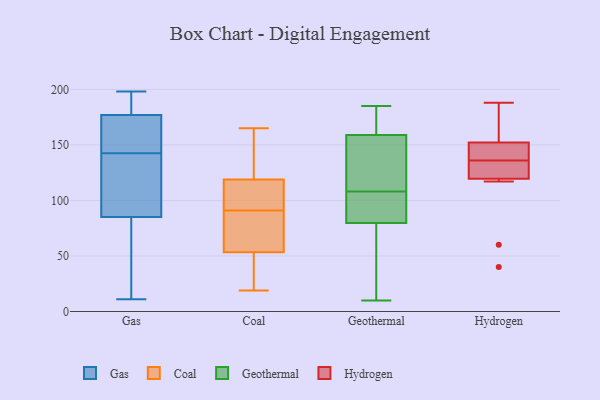
{"axis": {"x": "Headcount", "y": "Value"}, "legend": ["Coal", "Gas", "Geothermal", "Hydrogen"], "data": [{"x": "", "y": 85, "type": "Gas"}, {"x": "", "y": 81, "type": "Gas"}, {"x": "", "y": 117, "type": "Gas"}, {"x": "", "y": 45, "type": "Gas"}, {"x": "", "y": 194, "type": "Gas"}, {"x": "", "y": 170, "type": "Gas"}, {"x": "", "y": 145, "type": "Gas"}, {"x": "", "y": 179, "type": "Gas"}, {"x": "", "y": 140, "type": "Gas"}, {"x": "", "y": 177, "type": "Gas"}, {"x": "", "y": 127, "type": "Gas"}, {"x": "", "y": 133, "type": "Gas"}, {"x": "", "y": 11, "type": "Gas"}, {"x": "", "y": 24, "type": "Gas"}, {"x": "", "y": 177, "type": "Gas"}, {"x": "", "y": 183, "type": "Gas"}, {"x": "", "y": 160, "type": "Gas"}, {"x": "", "y": 198, "type": "Gas"}, {"x": "", "y": 165, "type": "Coal"}, {"x": "", "y": 91, "type": "Coal"}, {"x": "", "y": 19, "type": "Coal"}, {"x": "", "y": 60, "type": "Coal"}, {"x": "", "y": 114, "type": "Coal"}, {"x": "", "y": 118, "type": "Coal"}, {"x": "", "y": 51, "type": "Coal"}, {"x": "", "y": 130, "type": "Coal"}, {"x": "", "y": 69, "type": "Coal"}, {"x": "", "y": 42, "type": "Coal"}, {"x": "", "y": 119, "type": "Coal"}, {"x": "", "y": 10, "type": "Geothermal"}, {"x": "", "y": 108, "type": "Geothermal"}, {"x": "", "y": 105, "type": "Geothermal"}, {"x": "", "y": 185, "type": "Geothermal"}, {"x": "", "y": 183, "type": "Geothermal"}, {"x": "", "y": 102, "type": "Geothermal"}, {"x": "", "y": 97, "type": "Geothermal"}, {"x": "", "y": 10, "type": "Geothermal"}, {"x": "", "y": 17, "type": "Geothermal"}, {"x": "", "y": 156, "type": "Geothermal"}, {"x": "", "y": 183, "type": "Geothermal"}, {"x": "", "y": 160, "type": "Geothermal"}, {"x": "", "y": 74, "type": "Geothermal"}, {"x": "", "y": 153, "type": "Geothermal"}, {"x": "", "y": 142, "type": "Geothermal"}, {"x": "", "y": 136, "type": "Hydrogen"}, {"x": "", "y": 172, "type": "Hydrogen"}, {"x": "", "y": 150, "type": "Hydrogen"}, {"x": "", "y": 127, "type": "Hydrogen"}, {"x": "", "y": 60, "type": "Hydrogen"}, {"x": "", "y": 188, "type": "Hydrogen"}, {"x": "", "y": 40, "type": "Hydrogen"}, {"x": "", "y": 117, "type": "Hydrogen"}, {"x": "", "y": 153, "type": "Hydrogen"}, {"x": "", "y": 134, "type": "Hydrogen"}, {"x": "", "y": 140, "type": "Hydrogen"}]}